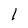
Character: l